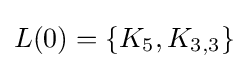
L(0)=\left\{K_{5},K_{3,3}\right\}